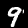
Label: 9